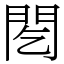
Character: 䦍